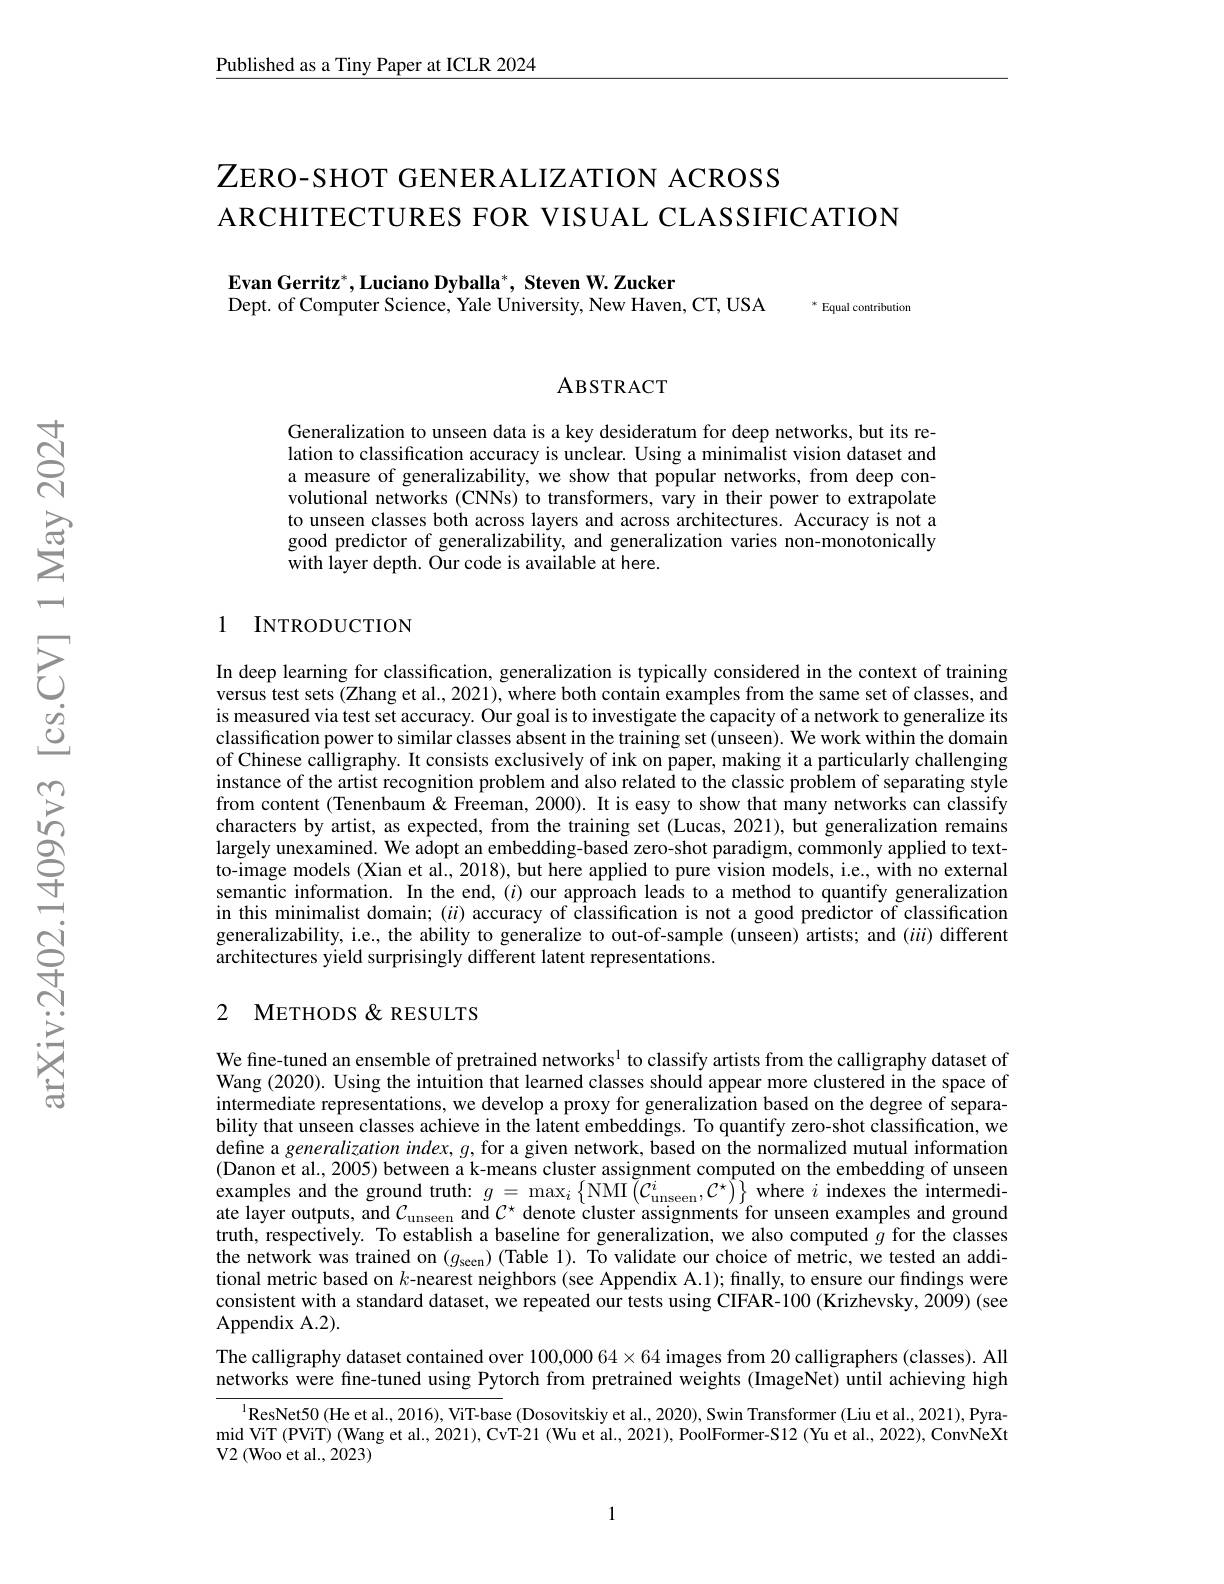
Published as a Tiny Paper at ICLR 2024

ZERO-SHOT GENERALIZATION ACROSS
ARCHITECTURES FOR VISUAL CLASSIFICATION

Evan Gerritz$^*$,Luciano Dyballa$^* , \textbf{ Steven W. Zucker}$
Dept. of Computer Science, Yale University, New Haven, CT, USA

$^*$ Equal contribution

## ABSTRACT

Generalization to unseen data is a key desideratum for deep networks, but its relation to classification accuracy is unclear. Using a minimalist vision dataset and a measure of generalizability, we show that popular networks, from deep convolutional networks (CNNs) to transformers, vary in their power to extrapolate to unseen classes both across layers and across architectures. Accuracy is not a good predictor of generalizability, and generalization varies non-monotonically with layer depth. Our code is available at here.

## 1 INTRODUCTION

In deep learning for classification, generalization is typically considered in the context of training versus test sets (Zhang et al., 2021), where both contain examples from the same set of classes, and is measured via test set accuracy. Our goal is to investigate the capacity of a network to generalize its classification power to similar classes absent in the training set (unseen). We work within the domain of Chinese calligraphy. It consists exclusively of ink on paper, making it a particularly challenging instance of the artist recognition problem and also related to the classic problem of separating style from content (Tenenbaum & Freeman, 2000). It is easy to show that many networks can classify characters by artist, as expected, from the training set (Lucas, 2021), but generalization remains largely unexamined. We adopt an embedding-based zero-shot paradigm, commonly applied to textto-image models (Xian et al., 2018), but here applied to pure vision models, i.e., with no external semantic information. In the end, $(i)$ our approach leads to a method to quantify generalization in this minimalist domain; ($ii)$ accuracy of classification is not a good predictor of classification generalizability, i.e., the ability to generalize to out-of-sample (unseen) artists; and ($iii)$ different architectures yield surprisingly different latent representations.

## 2 METHODS & RESULTS

We fine-tuned an ensemble of pretrained networks$^{1}$ to classify artists from the calligraphy dataset of Wang (2020). Using the intuition that learned classes should appear more clustered in the space of intermediate representations, we develop a proxy for generalization based on the degree of separability that unseen classes achieve in the latent embeddings. To quantify zero-shot classification, we define a generalization index, g, for a given network, based on the normalized mutual information (Danon et al., 2005) between a k-means cluster assignment computed on the embedding of unseen examples and the ground truth: $g=\max_i\left\{\mathrm{NMI}\left(\tilde{C}_{\mathrm{unseen}}^{i},\mathcal{C}^{\star}\right)^{\dagger}\right\}_{\mathrm{~where~}i\text{ indexes the intermedi-}}$ ate layer outputs, and $C_{\mathrm{unseen}}$ and $C^*$ denote cluster assignments for unseen examples and ground truth, respectively. To establish a baseline for generalization, we also computed $g$ for the classes the network was trained on $(g_{\mathrm{scen}})$ (Table 1). To validate our choice of metric, we tested an additional metric based on $k$-nearest neighbors (see Appendix A.1); finally, to ensure our findings were consistent with a standard dataset, we repeated our tests using CIFAR-100 (Krizhevsky, 2009) (see Appendix A.2).

The calligraphy dataset contained over $100,000064\times64$ images from 20 calligraphers (classes). All networks were fine-tuned using Pytorch from pretrained weights (ImageNet) until achieving high

$^{1}$ResNet50(He et al., 2016), ViT-base (Dosovitskiy et al., 2020), Swin Transformer (Liu et al., 2021), Pyramid ViT (PViT) (Wang et al., 2021), CvT-21 (Wu et al., 2021), PoolFormer-S12 (Yu et al., 2022), ConvNeXt V2 (Woo et al., 2023)

1